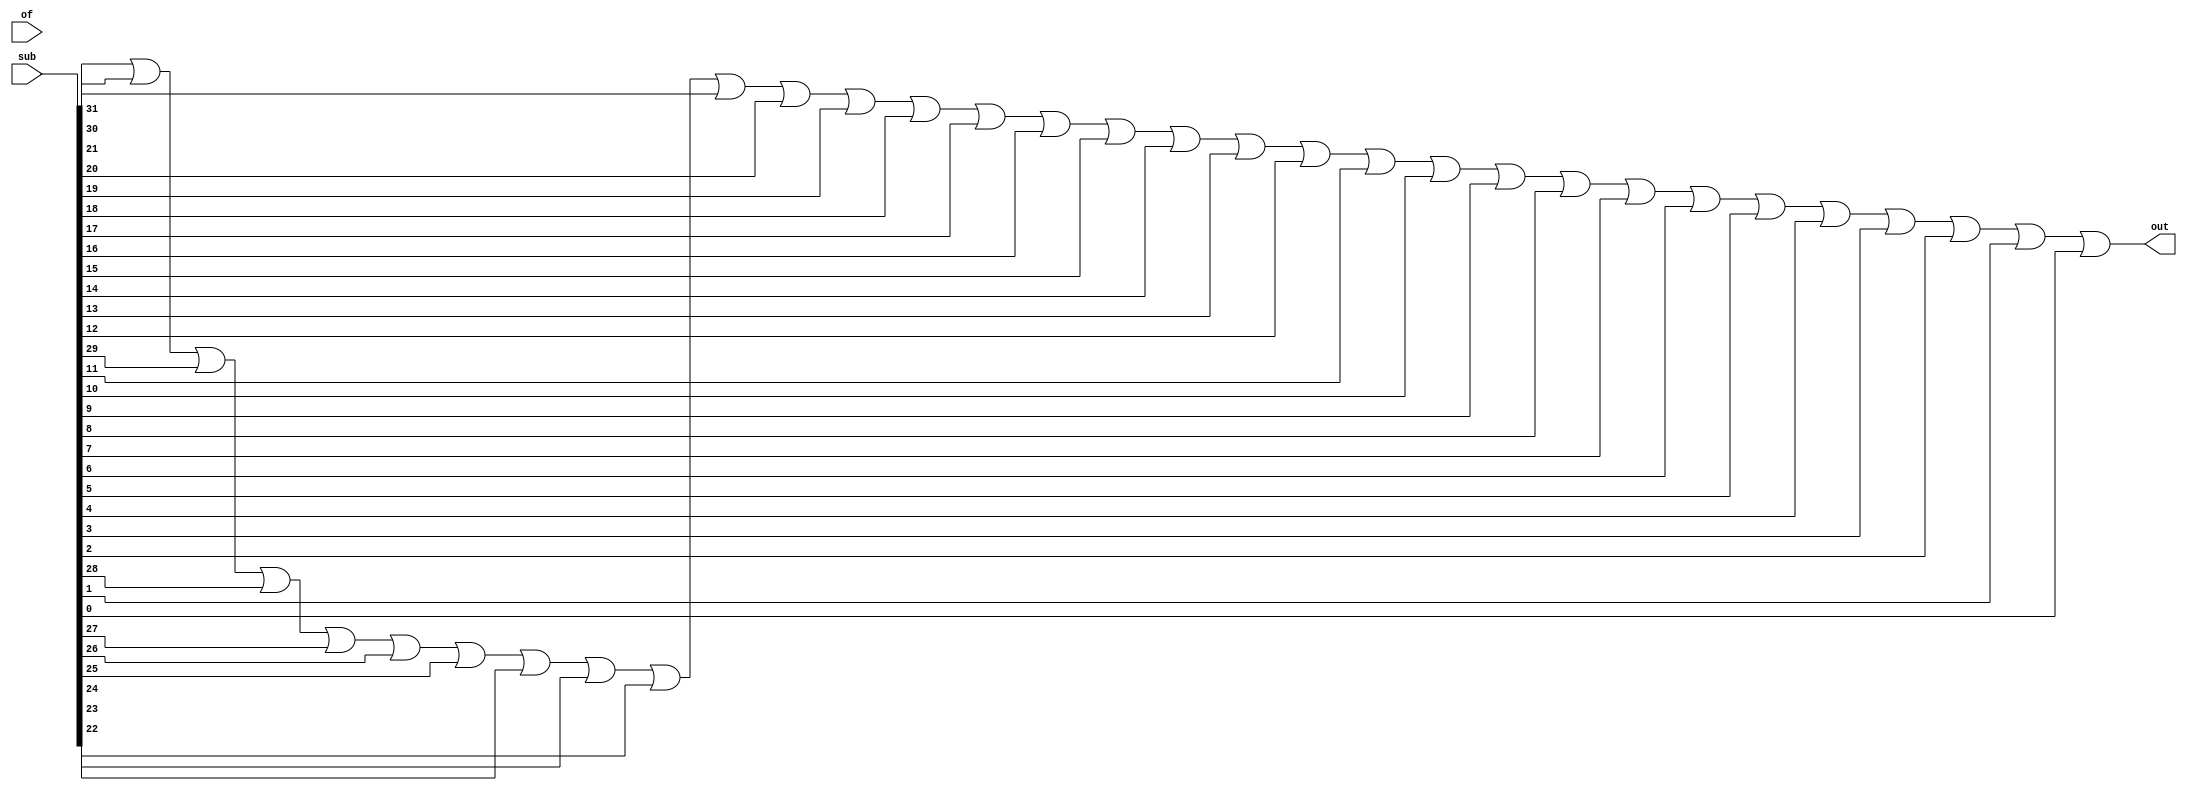
module notEqual(sub, of, out);

input [31:0] sub;
input of;
output out;

or or1(out, sub[31], sub[30], sub[29], sub[28], sub[27], sub[26], sub[25], sub[24], sub[23],
       sub[22], sub[21], sub[20], sub[19], sub[18], sub[17], sub[16], sub[15], sub[14], sub[13],
		 sub[12], sub[11], sub[10], sub[9], sub[8], sub[7], sub[6], sub[5], sub[4], sub[3], sub[2],
		 sub[1], sub[0]);


endmodule